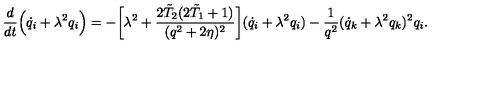
\frac { d } { d t } \Bigl ( \dot { q } _ { i } + \lambda ^ { 2 } q _ { i } \Bigr ) = - \biggl [ \lambda ^ { 2 } + \frac { 2 \tilde { T } _ { 2 } ( 2 \tilde { T } _ { 1 } + 1 ) } { ( q ^ { 2 } + 2 \eta ) ^ { 2 } } \biggr ] ( \dot { q } _ { i } + \lambda ^ { 2 } q _ { i } ) - \frac { 1 } { q ^ { 2 } } ( \dot { q } _ { k } + \lambda ^ { 2 } q _ { k } ) ^ { 2 } q _ { i } .